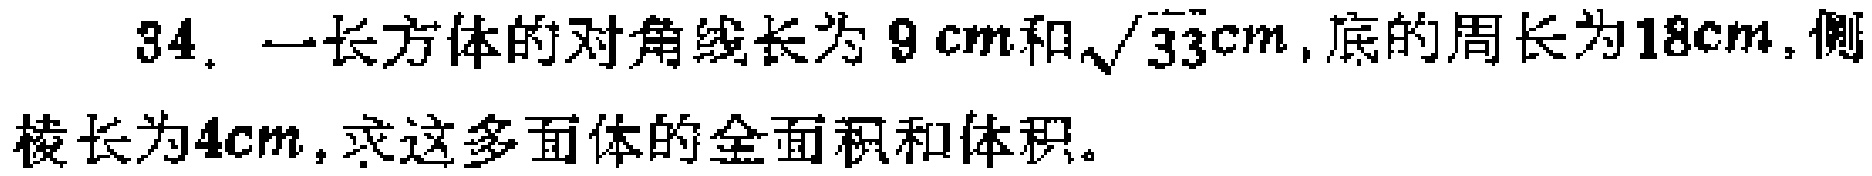
34. 一长方体的对角线长为\(9\mathrm{cm}\)和\(\sqrt{33}\mathrm{cm}\)，底的周长为\(18\mathrm{cm}\)，侧棱长为\(4\mathrm{cm}\)，求这多面体的全面积和体积。